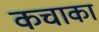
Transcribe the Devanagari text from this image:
कचाका